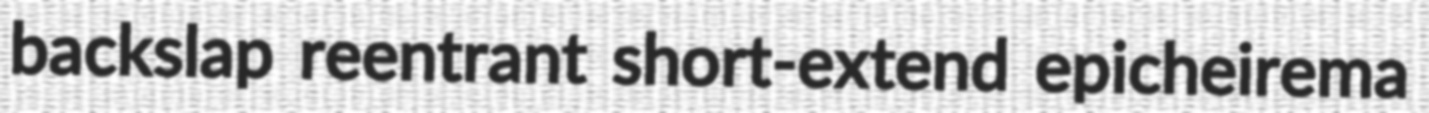
backslap reentrant short-extend epicheirema